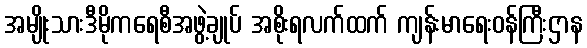
အမျိုးသားဒီမိုကရေစီအဖွဲ့ချုပ် အစိုးရလက်ထက် ကျန်းမာရေးဝန်ကြီးဌာန